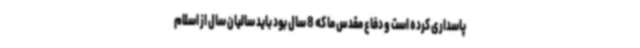
پاسداری کرده است و دفاع مقدس ما که 8 سال بود باید سالیان سال از اسلام